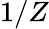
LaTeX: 1/Z